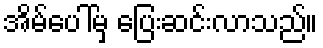
အိမ်ပေါ်မှ ပြေးဆင်းလာသည်။